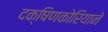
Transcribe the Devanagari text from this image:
दक्षिणकोरियाने